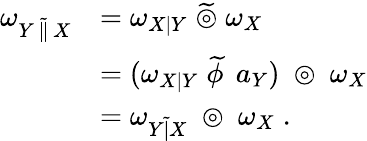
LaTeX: {\begin{array}{rl}{\omega_{Y\, {\widetilde{\| }}\, X}}&{=\omega_{X\mid Y}\; {\widetilde{\circledcirc}}\; \omega_{X}}\\ &{=(\omega_{X\mid Y}\; {\widetilde{\phi\, }}\; a_{Y})\; \circledcirc\; \omega_{X}}\\ &{=\omega_{Y{\widetilde{|}}X}\; \circledcirc\; \omega_{X}\; .}\end{array}}